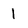
Character: 1